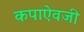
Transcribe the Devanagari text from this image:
कपाऐवजी